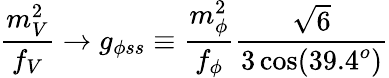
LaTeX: \frac{m_{V}^{2}}{f_{V}}\to g_{\phi ss}\equiv\frac{m_{\phi}^{2}}{f_{\phi}}\frac{\sqrt{6}}{3\cos(39.4^{o})}